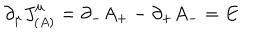
\partial _ { \mu } J _ { ( A ) } ^ { \mu } = \partial _ { - } A _ { + } - \partial _ { + } A _ { - } = E